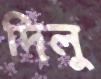
দিলু